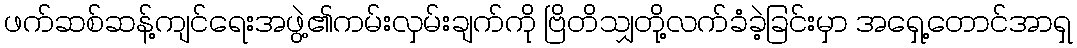
ဖက်ဆစ်ဆန့်ကျင်ရေးအဖွဲ့၏ကမ်းလှမ်းချက်ကို ဗြိတိသျှတို့လက်ခံခဲ့ခြင်းမှာ အရှေ့တောင်အာရှ